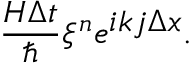
\frac { H \Delta t } { \hbar } \xi ^ { n } e ^ { \displaystyle i k j \Delta x } .